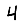
Digit: 4